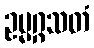
ဥမ္မဂ္ဂသတံ